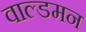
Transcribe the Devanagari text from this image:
वाल्डमन